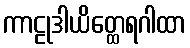
ကာဠုဒါယိတ္ထေရဂါထာ